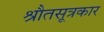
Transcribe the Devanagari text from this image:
श्रौतसूत्रकार